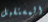
المستقبل